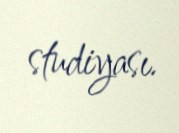
studiyası.